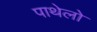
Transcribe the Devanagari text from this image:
पाथेलो